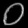
Digit: ၀